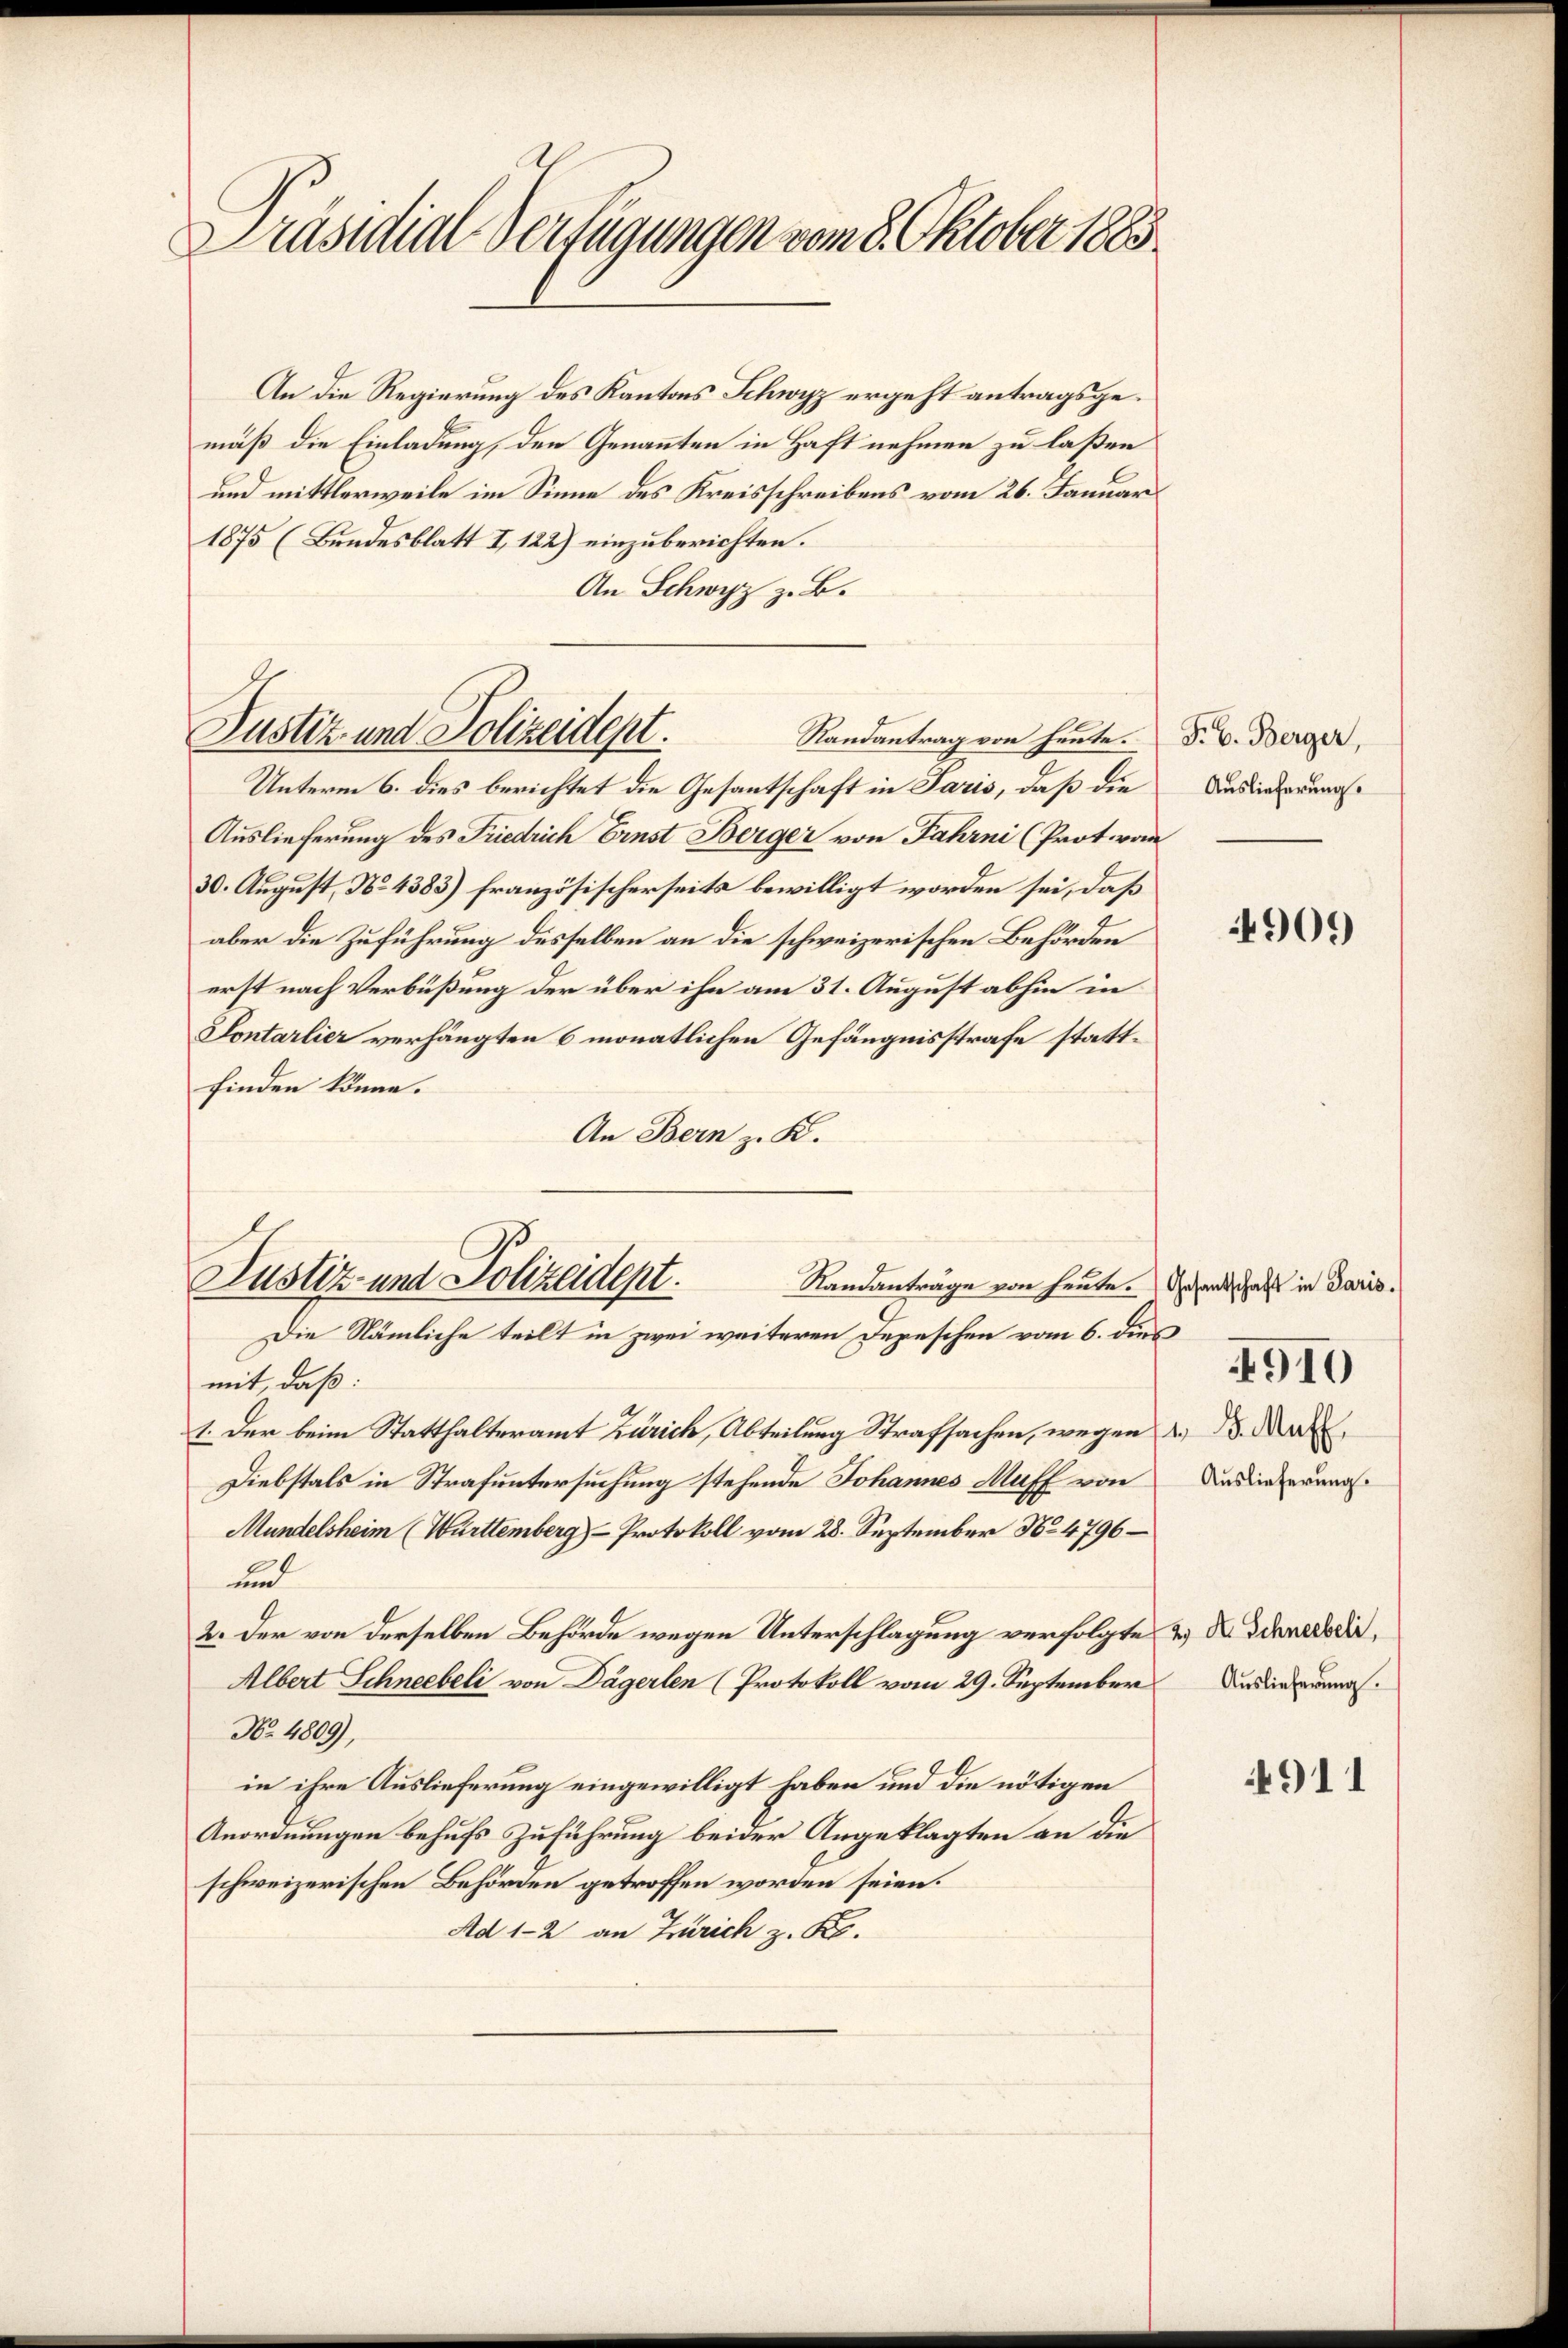
Präsidial-Verfügungen vom 8. Oktober 1885

An die Regierung des Kantons Schwyz ergeht antragsgemäß die Einladung, den Genannten in Haft nehmen zu laßen
und mittlerweile im Sinne des Kreisschreibens vom 26. Januar
1875 (Bundesblatt I 122) einzuberichten.
An Schwyz z. B.
Randantrag von heute.
Unterm 6. dies berichtet die Gesantschaft in Paris, daß die
Auslieferung des Friedrich Ernst Berger von Jahrni (Prot. von
30. August, No. 4383) französischerseits bewilligt worden sei, daß
aber die Zuführung desselben an die schweizerischen Behörden
erst nach Verbüßung der über ihn am 31. August abhin in
Sontarlier verhängten 6 monatlichen Gefängnisstrafe stattfinden könne.
An Bern z. K.
Justiz- und Polizeidept.
Samanträge von heute. Gesandschaft in Paris.
Die Nämliche teilt in zwei weiteren Depeschen vom 6. dies
mit, daß:
1. Der beim Statthalteramt Zürich, Abteilung Strafsachen, wegen Art.
Diebstals in Strafuntersuchung stehende Johannes Muff von
Mündelsheim (Württemberg)- Protokoll vom 28. September No 4796
E
und
2. Der von derselben Behörde wegen Unterschlagung verfolgte
Albert Schneebeli von Dägerlen (Protokoll vom 29. September
No. 4809),
in ihre Auslieferung eingewilligt haben und die nötigen
Anordnungen behufs Zuführung beider Angeklagten an die
schweizerischen Behörden getroffen worden seien.
Ad 1-2 an Zürich z. K.

Justiz und Polizeidept.

F. C. Berger,
Auslieferung

4909

Auslieferung.

4910

2. X. Schneebeli,
Auslieferung.

911